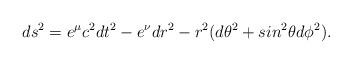
\begin{align*}ds^2=e^\mu c^2dt^2-e^\nu dr^2-r^2(d\theta^2+sin^2\theta d\phi^2).\end{align*}